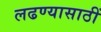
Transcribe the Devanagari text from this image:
लढण्यासाठीं